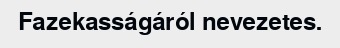
Fazekasságáról nevezetes.